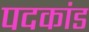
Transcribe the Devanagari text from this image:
पदकांड